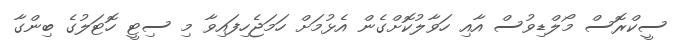
ސީކްރޮސް މޯލްޑިވުސް އާއި ހަވާލުކޮށްގެން އެޅުމަށް ހަމަޖެހިފައިވާ މި ސިޓީ ހޮޓަލުގެ ބިންގާ